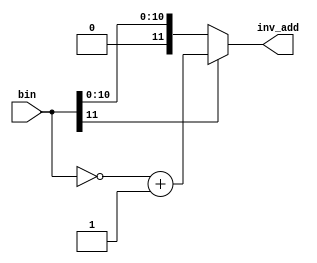
//===================================================================
// Project Name	:  12x12 bit Booth Recoded Multiplier 
// Description	:  Implement 2's complement
//===================================================================

module bin2comp #(
	parameter NUMBER_OF_BITS = 12
)(
	bin, inv_add
);
	//Input
	input [NUMBER_OF_BITS-1:0]bin;
	//Ouput
	output [NUMBER_OF_BITS-1:0]inv_add;
	
	assign	inv_add = bin[NUMBER_OF_BITS-1]?(~ bin +1'b1):bin;
	// assign	inv_add = (~ bin +1'b1);
endmodule